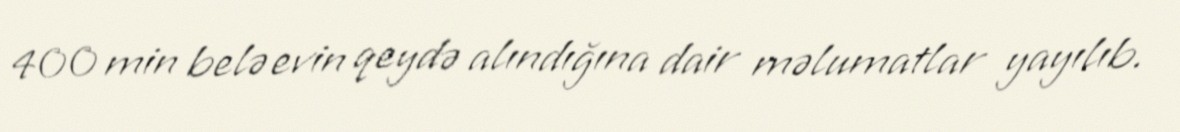
400 min belə evin qeydə alındığına dair məlumatlar yayılıb.